Civil Veterinary Department Bengal reports 1933-51 - 1933-1951
Year: 1933
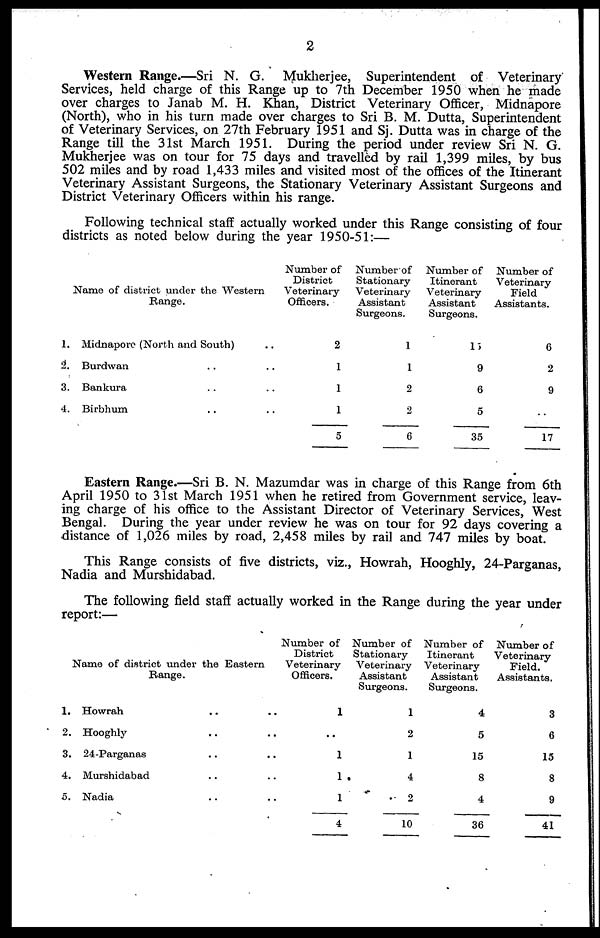
2
Western Range.—Sri N. G. Mukherjee, Superintendent of Veterinary
Services, held charge of this Range up to 7th December 1950 when he made
over charges to Janab M. H. Khan, District Veterinary Officer, Midnapore
(North), who in his turn made over charges to Sri B. M. Dutta, Superintendent
of Veterinary Services, on 27th February 1951 and Sj. Dutta was in charge of the
Range till the 31st March 1951. During the period under review Sri N. G.
Mukherjee was on tour for 75 days and travelled by rail 1,399 miles, by bus
502 miles and by road 1,433 miles and visited most of the offices of the Itinerant
Veterinary Assistant Surgeons, the Stationary Veterinary Assistant Surgeons and
District Veterinary Officers within his range.
Following technical staff actually worked under this Range consisting of four
districts as noted below during the year 1950-51:—
1.
2.
3.
4.
Name of district under the Western
Range.
Midnapore (North and South) ..
Burdwan .. ..
Bankura .. ..
Birbhum .. ..
Number of
District
Veterinary
Officers.
2
1
1
1
5
Number of
Stationary
Veterinary
Assistant
Surgeons.
1
1
2
2
6
Number of
Itinerant
Veterinary
Assistant
Surgeons.
15
9
6
5
35
Number of
Veterinary
Field
Assistants.
6
2
9
..
17
Eastern Range.—Sri B. N. Mazumdar was in charge of this Range from 6th
April 1950 to 31st March 1951 when he retired from Government service, leav-
ing charge of his office to the Assistant Director of Veterinary Services, West
Bengal. During the year under review he was on tour for 92 days covering a
distance of 1,026 miles by road, 2,458 miles by rail and 747 miles by boat.
This Range consists of five districts, viz., Howrah, Hooghly, 24-Parganas,
Nadia and Murshidabad.
The following field staff actually worked in the Range during the year under
report:—
1.
2.
3.
4.
5.
Name of district under the Eastern
Range.
Howrah .. ..
Hooghly .. ..
24-Parganas .. ..
Murshidabad .. ..
Nadia .. ..
Number of
District
Veterinary
Officers.
1
..
1
1
1
4
Number of
Stationary
Veterinary
Assistant
Surgeons.
1
2
1
4
2
10
Number of
Itinerant
Veterinary
Assistant
Surgeons.
4
5
15
8
4
36
Number of
Veterinary
Field.
Assistants.
3
6
15
8
9
41